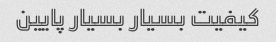
کیفیت بسیار بسیار پایین